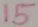
Text: 15